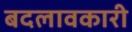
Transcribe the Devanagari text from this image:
बदलावकारी